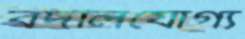
বদলিযোগ্য